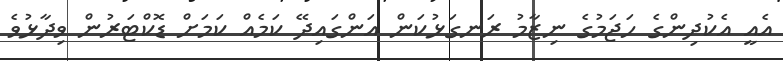
އެއީ އެކުދިންގެ ހަޖަމުގެ ނިޒާމު ރަނގަޅުކަން އަންގައިދޭ ކަމެއް ކަމަށް ޑޮކްޓަރުން ވިދާޅުވެ